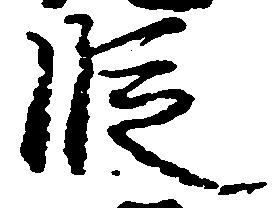
段